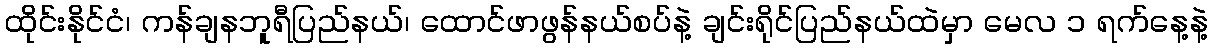
ထိုင်းနိုင်ငံ၊ ကန်ချနဘူရီပြည်နယ်၊ ထောင်ဖာဖွန်နယ်စပ်နဲ့ ချင်းရိုင်ပြည်နယ်ထဲမှာ မေလ ၁ ရက်နေ့နဲ့